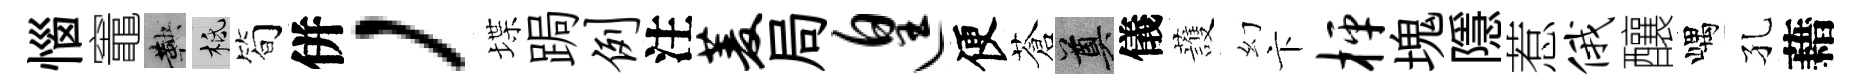
惱竈鞅柢筍併，堞跼例注菱局遑便蒼奠儀䕶幻卞枰塊隱惹俄釀嵎孔藉